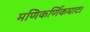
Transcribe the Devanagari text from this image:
मणिकर्णिकघाट।